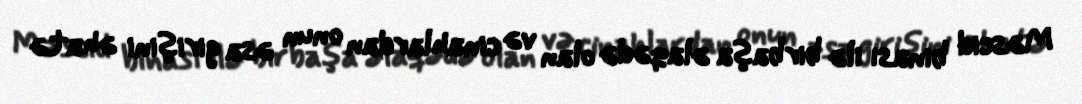
Məscid binası ilə birbaşa əlaqədə olan və cinahlardan onun əsa girişini əhatə